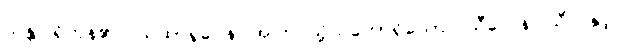
သန္တိ၊ ရှိကုန်၏။ ယထာရူပေန၊ အကြင်သို့သဘောရှိသော။ သီလေန၊ သီလနှင့်။